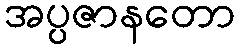
အပ္ပဇာနတော